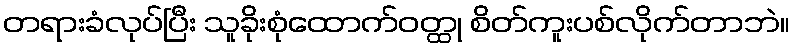
တရားခံလုပ်ပြီး သူခိုးစုံထောက်ဝတ္ထု စိတ်ကူးပစ်လိုက်တာဘဲ။